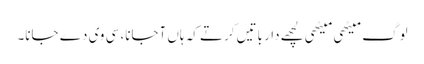
لوگ میٹھی میٹھی لچھے دار باتیں کرتے کہ ہاں آجانا، سی وی دے جانا۔